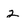
Character: 2